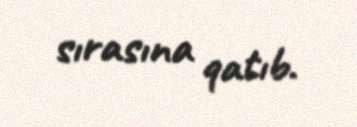
sırasına qatıb.